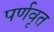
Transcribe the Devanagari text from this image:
पर्णवृत